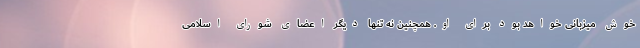
خوش میزبانی خواهد بود برای او. همچنین نه تنها دیگر اعضای شورای اسلامی